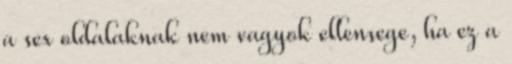
a sex oldalaknak nem vagyok ellensege, ha ez a